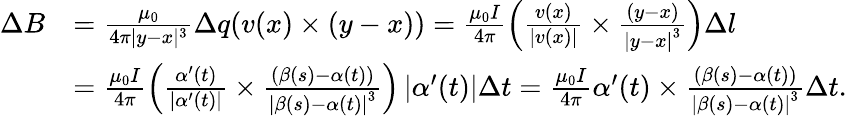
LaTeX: \begin{array}{rl}{\Delta B}&{=\frac{\mu_{0}}{4\pi|y-x|^{3}}\Delta q(v(x)\times(y-x))=\frac{\mu_{0}I}{4\pi}\left(\frac{v(x)}{\left\vert v(x)\right\vert}\times\frac{(y-x)}{\left\vert y-x\right\vert^{3}}\right)\Delta l}\\ &{=\frac{\mu_{0}I}{4\pi}\left(\frac{\alpha^{\prime}(t)}{\left\vert\alpha^{\prime}(t)\right\vert}\times\frac{(\beta(s)-\alpha(t))}{\left\vert\beta(s)-\alpha(t)\right\vert^{3}}\right)\left\vert\alpha^{\prime}(t)\right\vert\Delta t=\frac{\mu_{0}I}{4\pi}\alpha^{\prime}(t)\times\frac{(\beta(s)-\alpha(t))}{\left\vert\beta(s)-\alpha(t)\right\vert^{3}}\Delta t.}\end{array}